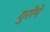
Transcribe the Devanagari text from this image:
युरोपे